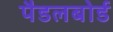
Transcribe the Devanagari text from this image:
पैडलबोर्ड